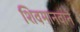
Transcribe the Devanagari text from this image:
शिवमानवाने